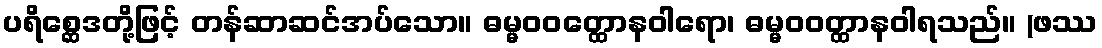
ပရိစ္ဆေဒတို့ဖြင့် တန်ဆာဆင်အပ်သော။ ဓမ္မဝဝတ္ထောနဝါရော၊ ဓမ္မဝဝတ္ထာနဝါရသည်။ (ဖဿ